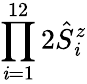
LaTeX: \prod_{\mathit{i}=1}^{12}2\hat{{S}}_{\mathit{i}}^{z}